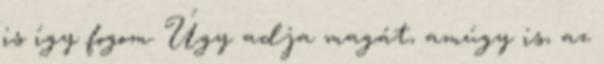
is így fogom. Úgy adja magát, amúgy is, az